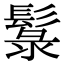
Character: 䰁